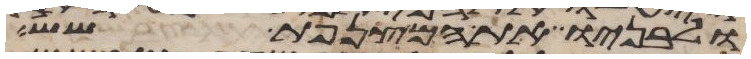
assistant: ולבניו ואת המצנפת שש